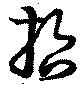
哲